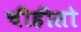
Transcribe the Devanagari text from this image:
चीहीसो